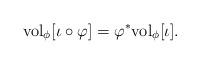
LaTeX: \begin{align*}{\rm vol}_{\phi} [\iota \circ \varphi] = \varphi^{*} {\rm vol}_{\phi} [\iota].\end{align*}